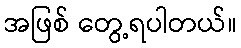
အဖြစ် တွေ့ရပါတယ်။